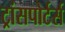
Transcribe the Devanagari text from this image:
ट्रांसपोर्टर्स